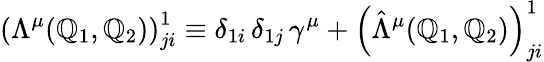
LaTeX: \left(\Lambda^{\mu}(\mathbb{Q}_{1},\mathbb{Q}_{2})\right)_{ji}^{1}\equiv\delta_{1i}\, \delta_{1j}\, \gamma^{\mu}+\left(\hat{{\Lambda}}^{\mu}(\mathbb{Q}_{1},\mathbb{Q}_{2})\right)_{ji}^{1}